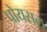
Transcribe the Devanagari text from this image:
पोयसल